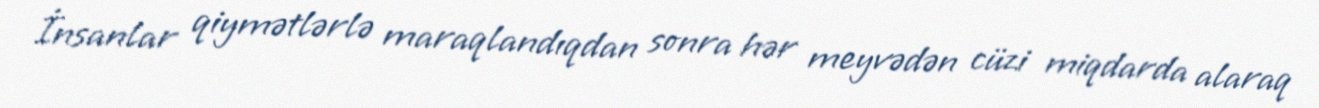
İnsanlar qiymətlərlə maraqlandıqdan sonra hər meyvədən cüzi miqdarda alaraq